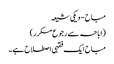
مباح - ویکی شیعہ
(اباحہ سے رجوع مکرر)
مباح ایک فقہی اصطلاح ہے ۔